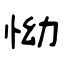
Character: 怮